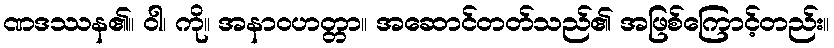
ဏဒဿန၏။ ဝါ၊ ကို။ အနာဝဟတ္တာ။ အဆောင်တတ်သည်၏ အဖြစ်ကြောင့်တည်း။